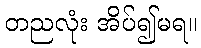
တညလုံး အိပ်၍မရ။